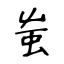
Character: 蚩